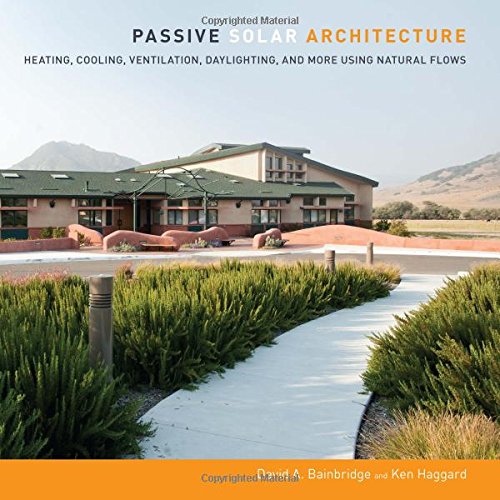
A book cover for Passive Solar Architecture: Heating, Cooling, Ventilation, Daylighting and More Using Natural Flows; David Bainbridge; Crafts, Hobbies & Home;